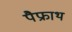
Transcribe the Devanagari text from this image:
पैफ्राथ